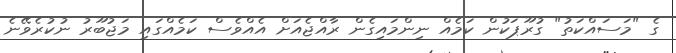
ގެ "މަސައްކަތު" ގުރޫޕަކުން ކަމެއް ނިންމައިގެން ރާއްޖެއަށް އެއްވެސް ކަމެއްގައި މަޖުބޫރު ނުކުރެވޭނެ